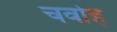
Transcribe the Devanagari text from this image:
चर्वाह